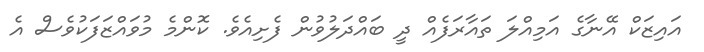
އައިޒަކް އޭނާގެ އަމިއްލަ ތައާރަފެއް ދީ ބައްދަލުވުން ފެށިއެވެ. ކޮންމެ މުވައްޒަފަކުވެސް އެ